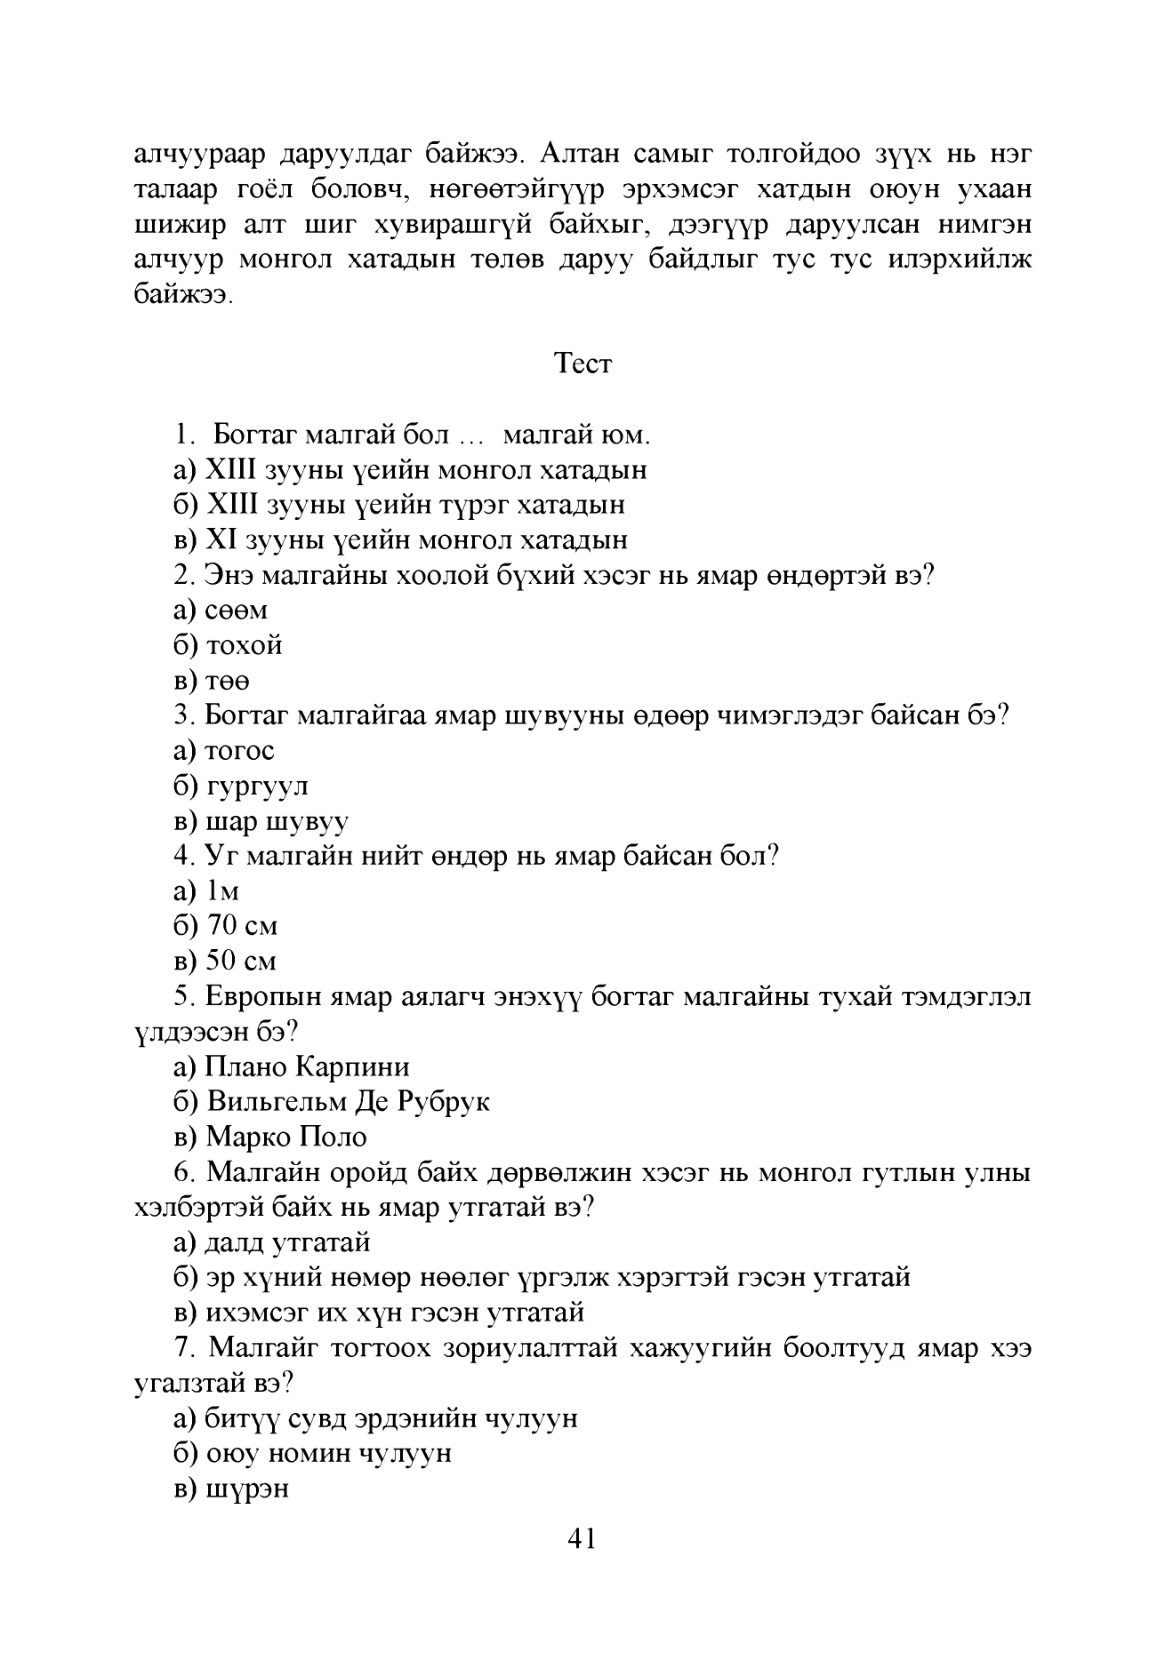
Language: mn